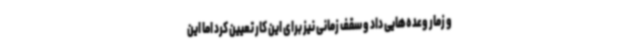
و زمار وعده‌هایی داد و سقف زمانی نیز برای این کار تعیین کرد اما این